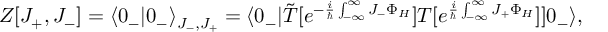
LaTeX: Z [ J _ { + } , J _ { - } ] = \langle 0 _ { - } | 0 _ { - } \rangle _ { J _ { - } , J _ { + } } = \langle 0 _ { - } | \tilde { T } [ e ^ { - \frac { i } { \hbar } \int _ { - \infty } ^ { \infty } J _ { - } \Phi _ { H } } ] T [ e ^ { \frac { i } { \hbar } \int _ { - \infty } ^ { \infty } J _ { + } \Phi _ { H } } ] ] 0 _ { - } \rangle ,